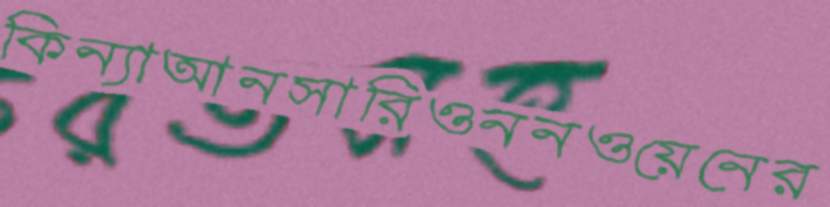
কিন্যাআনসারিওননওয়েনের